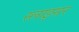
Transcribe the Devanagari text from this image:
स्लाइसर